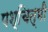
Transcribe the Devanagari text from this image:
पश्चित्मी